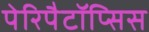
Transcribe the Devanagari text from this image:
पेरिपैटॉप्सिस